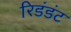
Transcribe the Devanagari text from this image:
रिडंडंट